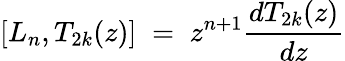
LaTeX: \left[L_{n},T_{2k}(z)\right]\; =\; z^{n+1}\frac{dT_{2k}(z)}{dz}